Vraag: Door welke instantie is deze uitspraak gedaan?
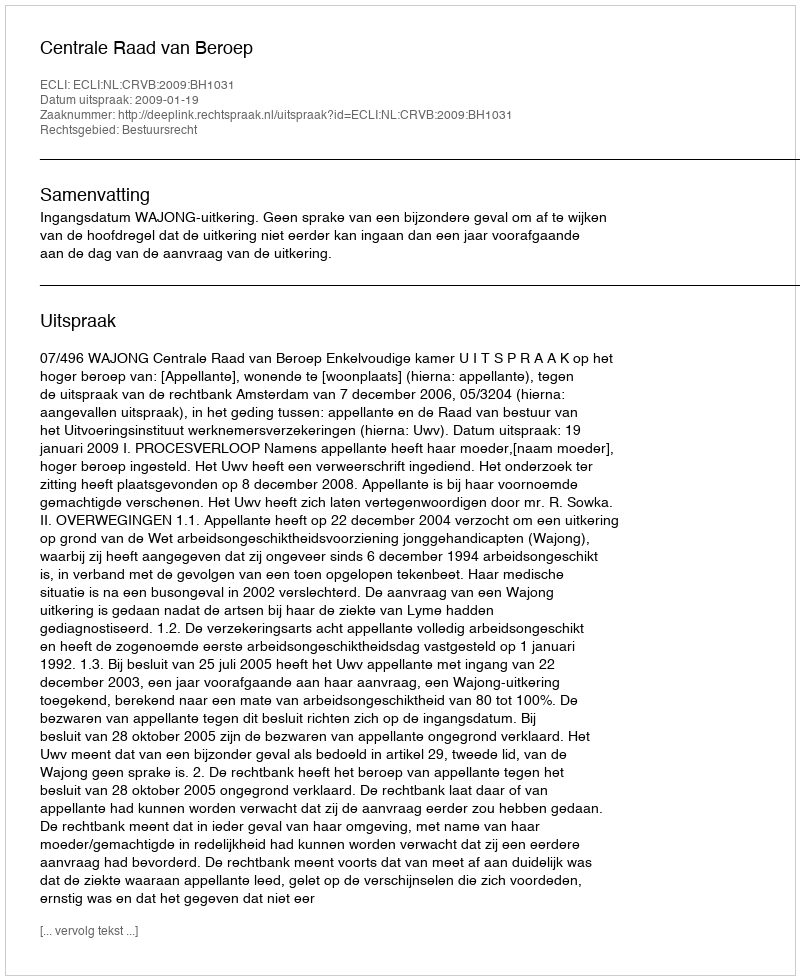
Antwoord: Centrale Raad van Beroep